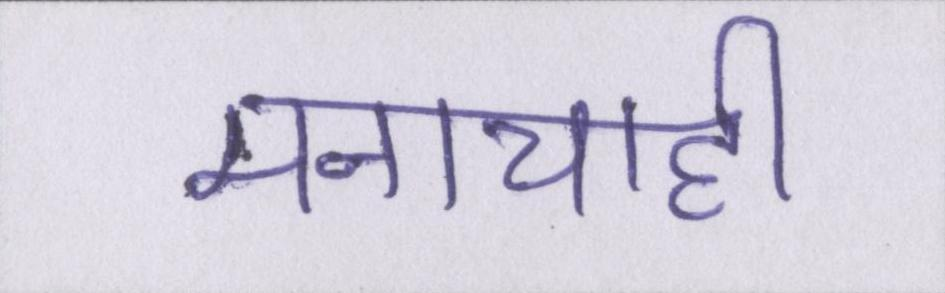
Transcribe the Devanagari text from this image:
मनाचाही